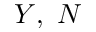
Y , ~ N